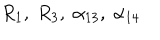
R _ { 1 } , \; R _ { 3 } , \; \alpha _ { 1 3 } , \; \alpha _ { 1 4 }